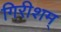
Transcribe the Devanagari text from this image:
गिरीशम्